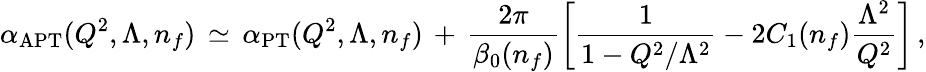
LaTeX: {\alpha}_{\mathrm{APT}}(Q^{2},\Lambda,n_{f})\, \simeq\, {\alpha}_{\mathrm{PT}}(Q^{2},\Lambda,n_{f})\, +\, \frac{2\pi}{\beta_{0}(n_{f})}\left[\frac{1}{1-Q^{2}/\Lambda^{2}}-2C_{1}(n_{f})\frac{\Lambda^{2}}{Q^{2}}\right]\, ,